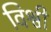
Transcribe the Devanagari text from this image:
विश्वी